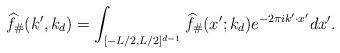
LaTeX: \begin{align*} \widehat{f}_\#(k',k_d) = \int_{[-L/2,L/2]^{d-1}} \widehat{f}_\#(x';k_d) e^{- 2 \pi i k' \cdot x'} dx'. \end{align*}